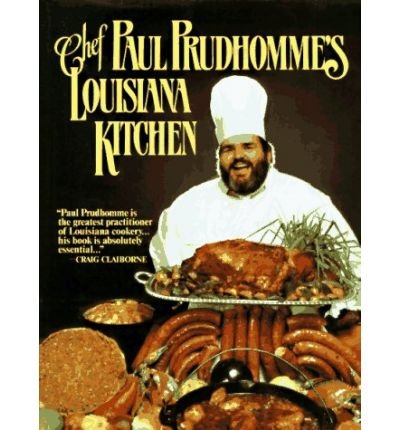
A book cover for Chef Paul Prudhomme's Louisiana Kitchen (Hardback) - Common; By (author) Paul Prud'Homme; Cookbooks, Food & Wine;